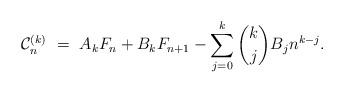
LaTeX: \begin{align*}\mathcal{C}_n^{(k)} \ = \ A_k F_n + B_k F_{n+1} - \sum_{j=0}^k \binom{k}{j} B_j n^{k-j}.\end{align*}